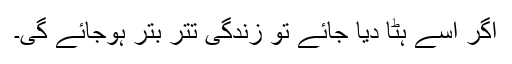
اگر اسے ہٹا دیا جائے تو زندگی تتر بتر ہوجائے گی۔